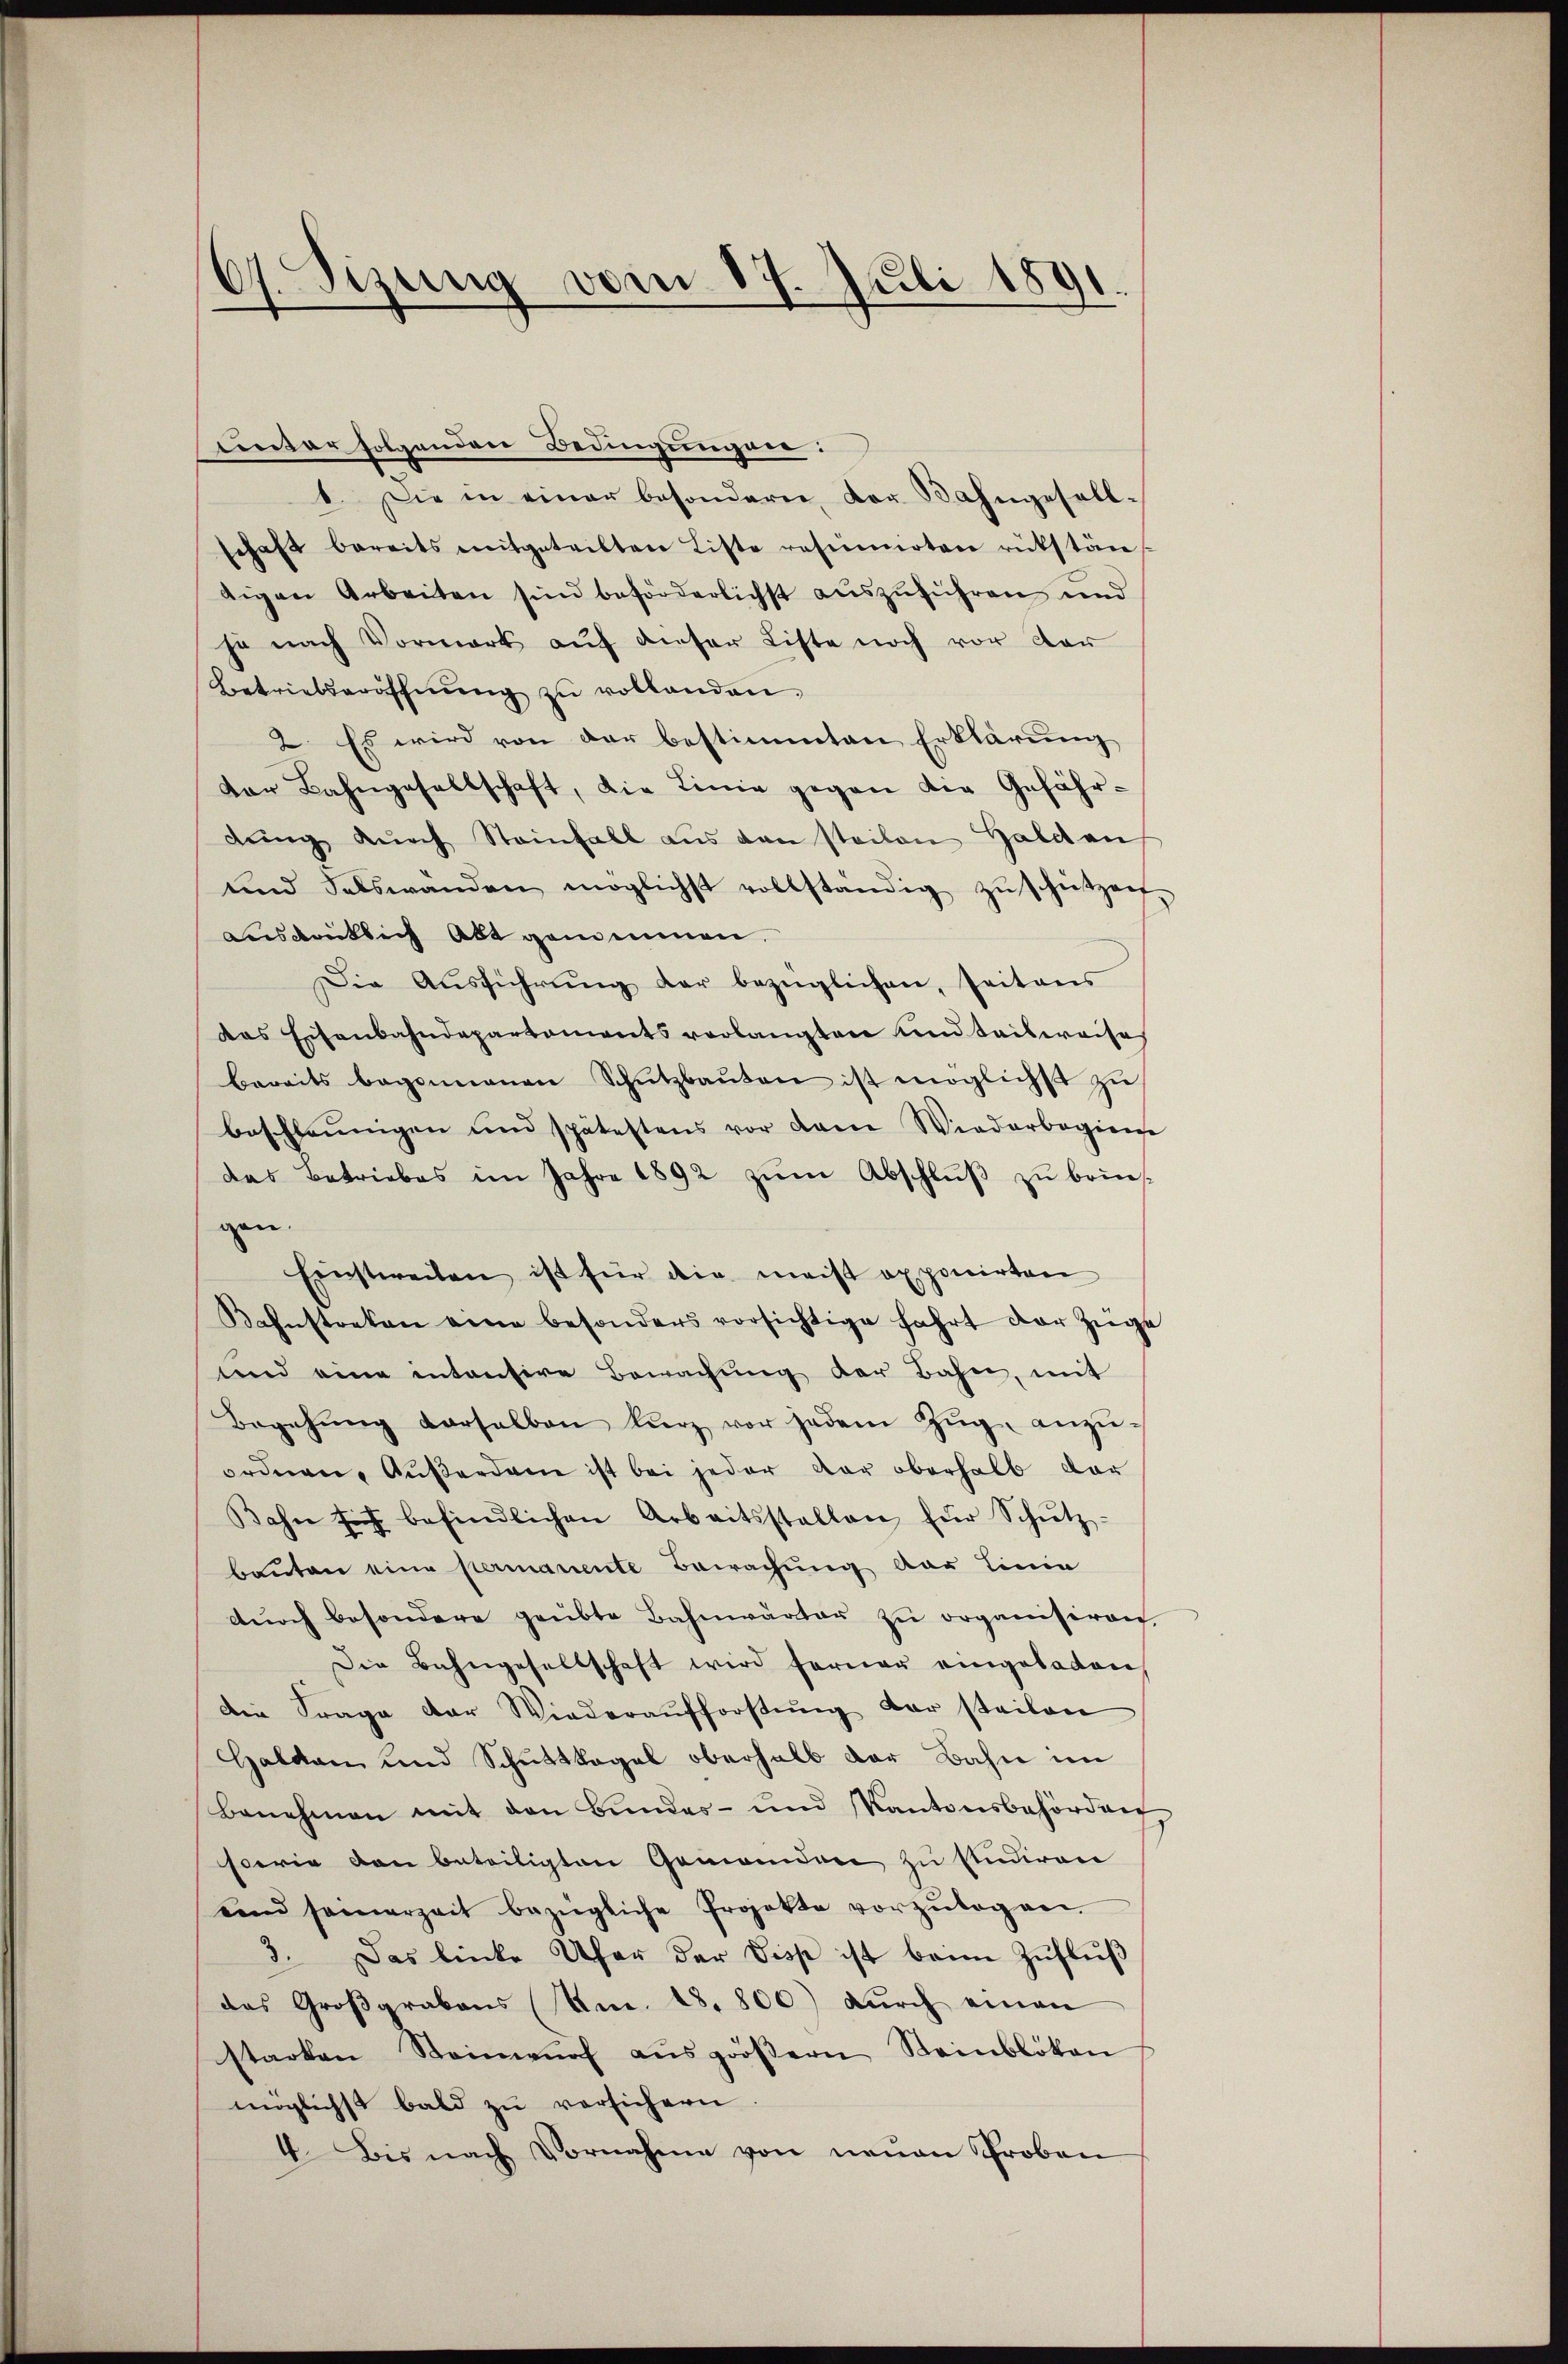
.
17. Sizung vom 17. Juli 1891.

tinter folgenden Bedingungen:
1. Die in einer besondern, der Bahngesell-
schaft bereits mitgeteilten Liste resimirten rükstän
tigen Arbeiten sind beförderlichst auszuführen und
je nach Vormark auf dieser Liste noch vor der
Betriebseröffnŭng zu vollanden.
2. Es wird von der bestimmten Erklärung
dor Bahngesellschaft, die Linie gegen die Gefähr-
dŭng dŭrch Steinfall aus den steilen Haldan
und Selswanden möglichst vollständig zŭ schützen,
Ausdrücklich Abt gemeinen.
Die Aŭsführŭng der bezüglichen, seitens
das Eisenbahndepartaments verlangten und teilweise
bereits begonnenen Schŭtzbaŭten ist möglichst zu
beschleunigen und spätestens vor dem Wiederbegiere
das Betriebes im Jahre 1892 zum Abschluß zu bringen.
Einstweilen ist für die meist apponirten
Kahnstreken eine besonders vorsichtige fahrt der Züge
und eine intensive Bewachŭng der Bahn, mit
Begehŭng derselben kurz vor jedem Zŭg anzŭ-
ordnen. Außerden ist bei jeder der oberhalb der
Bahn sich befindlichen Arbeitsstellen für Schŭtz-
bauten eine permanente Bewachung der Linie
durch besondere geübte Bahnwärter zu organisiren
Die Bahngesellschaft wird ferner eingeladen
Die Frage der Wiederaufforstung der steilen
Halden und Schuttogel oberhalb der Bahn im
Benehmen mit den Bundes- und Kantonsbehörden
sowie den beteiligten Gemeinden zu Andron
und seinerzeit bezügliche Projekte vorzŭlegen.
3. Das linke Ufer der Disp ist beim Zufluß
das Großgrabens (Am. 18,800) dŭrch einen
starken Steinwŭrf aŭsgröβern Steinblökon
möglichst bald zu versichern.
4. Bis nach Vornahme von neuen Proben